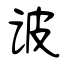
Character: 诐